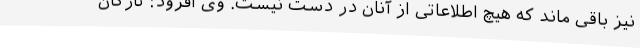
نیز باقی ماند که هیچ اطلاعاتی از آنان در دست نیست. وی افزود: تارکان